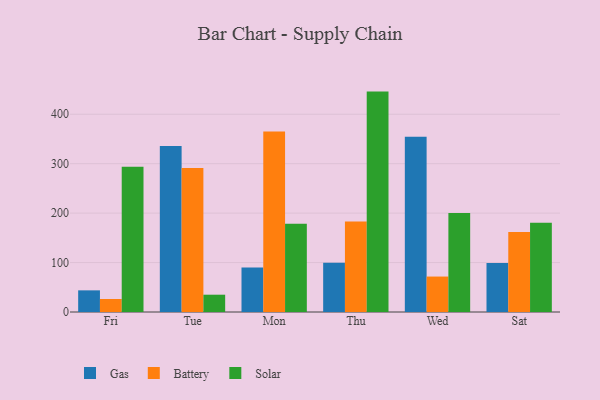
{"axis": {"x": "Day", "y": "Revenue (USD Million)"}, "legend": ["Battery", "Gas", "Solar"], "data": [{"x": "Fri", "y": 43.8, "type": "Gas"}, {"x": "Fri", "y": 26.3, "type": "Battery"}, {"x": "Fri", "y": 293.6, "type": "Solar"}, {"x": "Tue", "y": 335.7, "type": "Gas"}, {"x": "Tue", "y": 291.1, "type": "Battery"}, {"x": "Tue", "y": 35.0, "type": "Solar"}, {"x": "Mon", "y": 89.8, "type": "Gas"}, {"x": "Mon", "y": 365.0, "type": "Battery"}, {"x": "Mon", "y": 178.5, "type": "Solar"}, {"x": "Thu", "y": 99.4, "type": "Gas"}, {"x": "Thu", "y": 183.1, "type": "Battery"}, {"x": "Thu", "y": 445.8, "type": "Solar"}, {"x": "Wed", "y": 354.6, "type": "Gas"}, {"x": "Wed", "y": 71.7, "type": "Battery"}, {"x": "Wed", "y": 200.0, "type": "Solar"}, {"x": "Sat", "y": 99.1, "type": "Gas"}, {"x": "Sat", "y": 161.9, "type": "Battery"}, {"x": "Sat", "y": 180.6, "type": "Solar"}]}